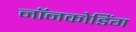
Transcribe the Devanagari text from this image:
नॉनकोडिंग